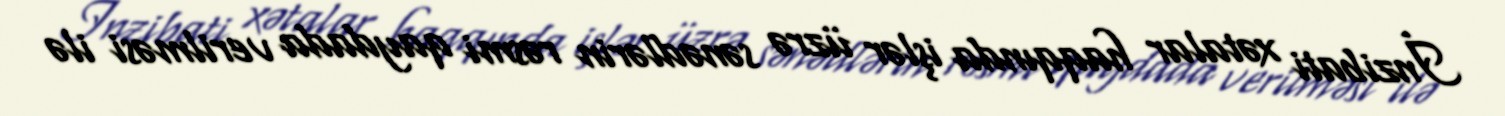
İnzibati xətalar haqqında işlər üzrə sənədlərin rəsmi qaydada verilməsi ilə